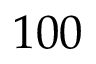
1 0 0